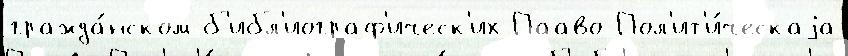
гражда́нском б'ибл'иограф'ическ'их Пааво Пол'ит'и́ческаjа